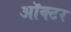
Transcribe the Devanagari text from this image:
ऑक्टर